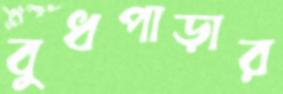
বুধপাড়ার